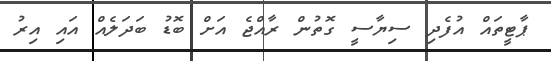
ޕާޓީތައް އުފެދި ސިޔާސީ ގޮތުން ރާއްޖެ އަށް ބޮޑު ބަދަލެއް އައި އިރު